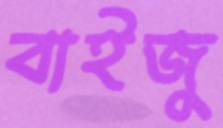
বাইজু